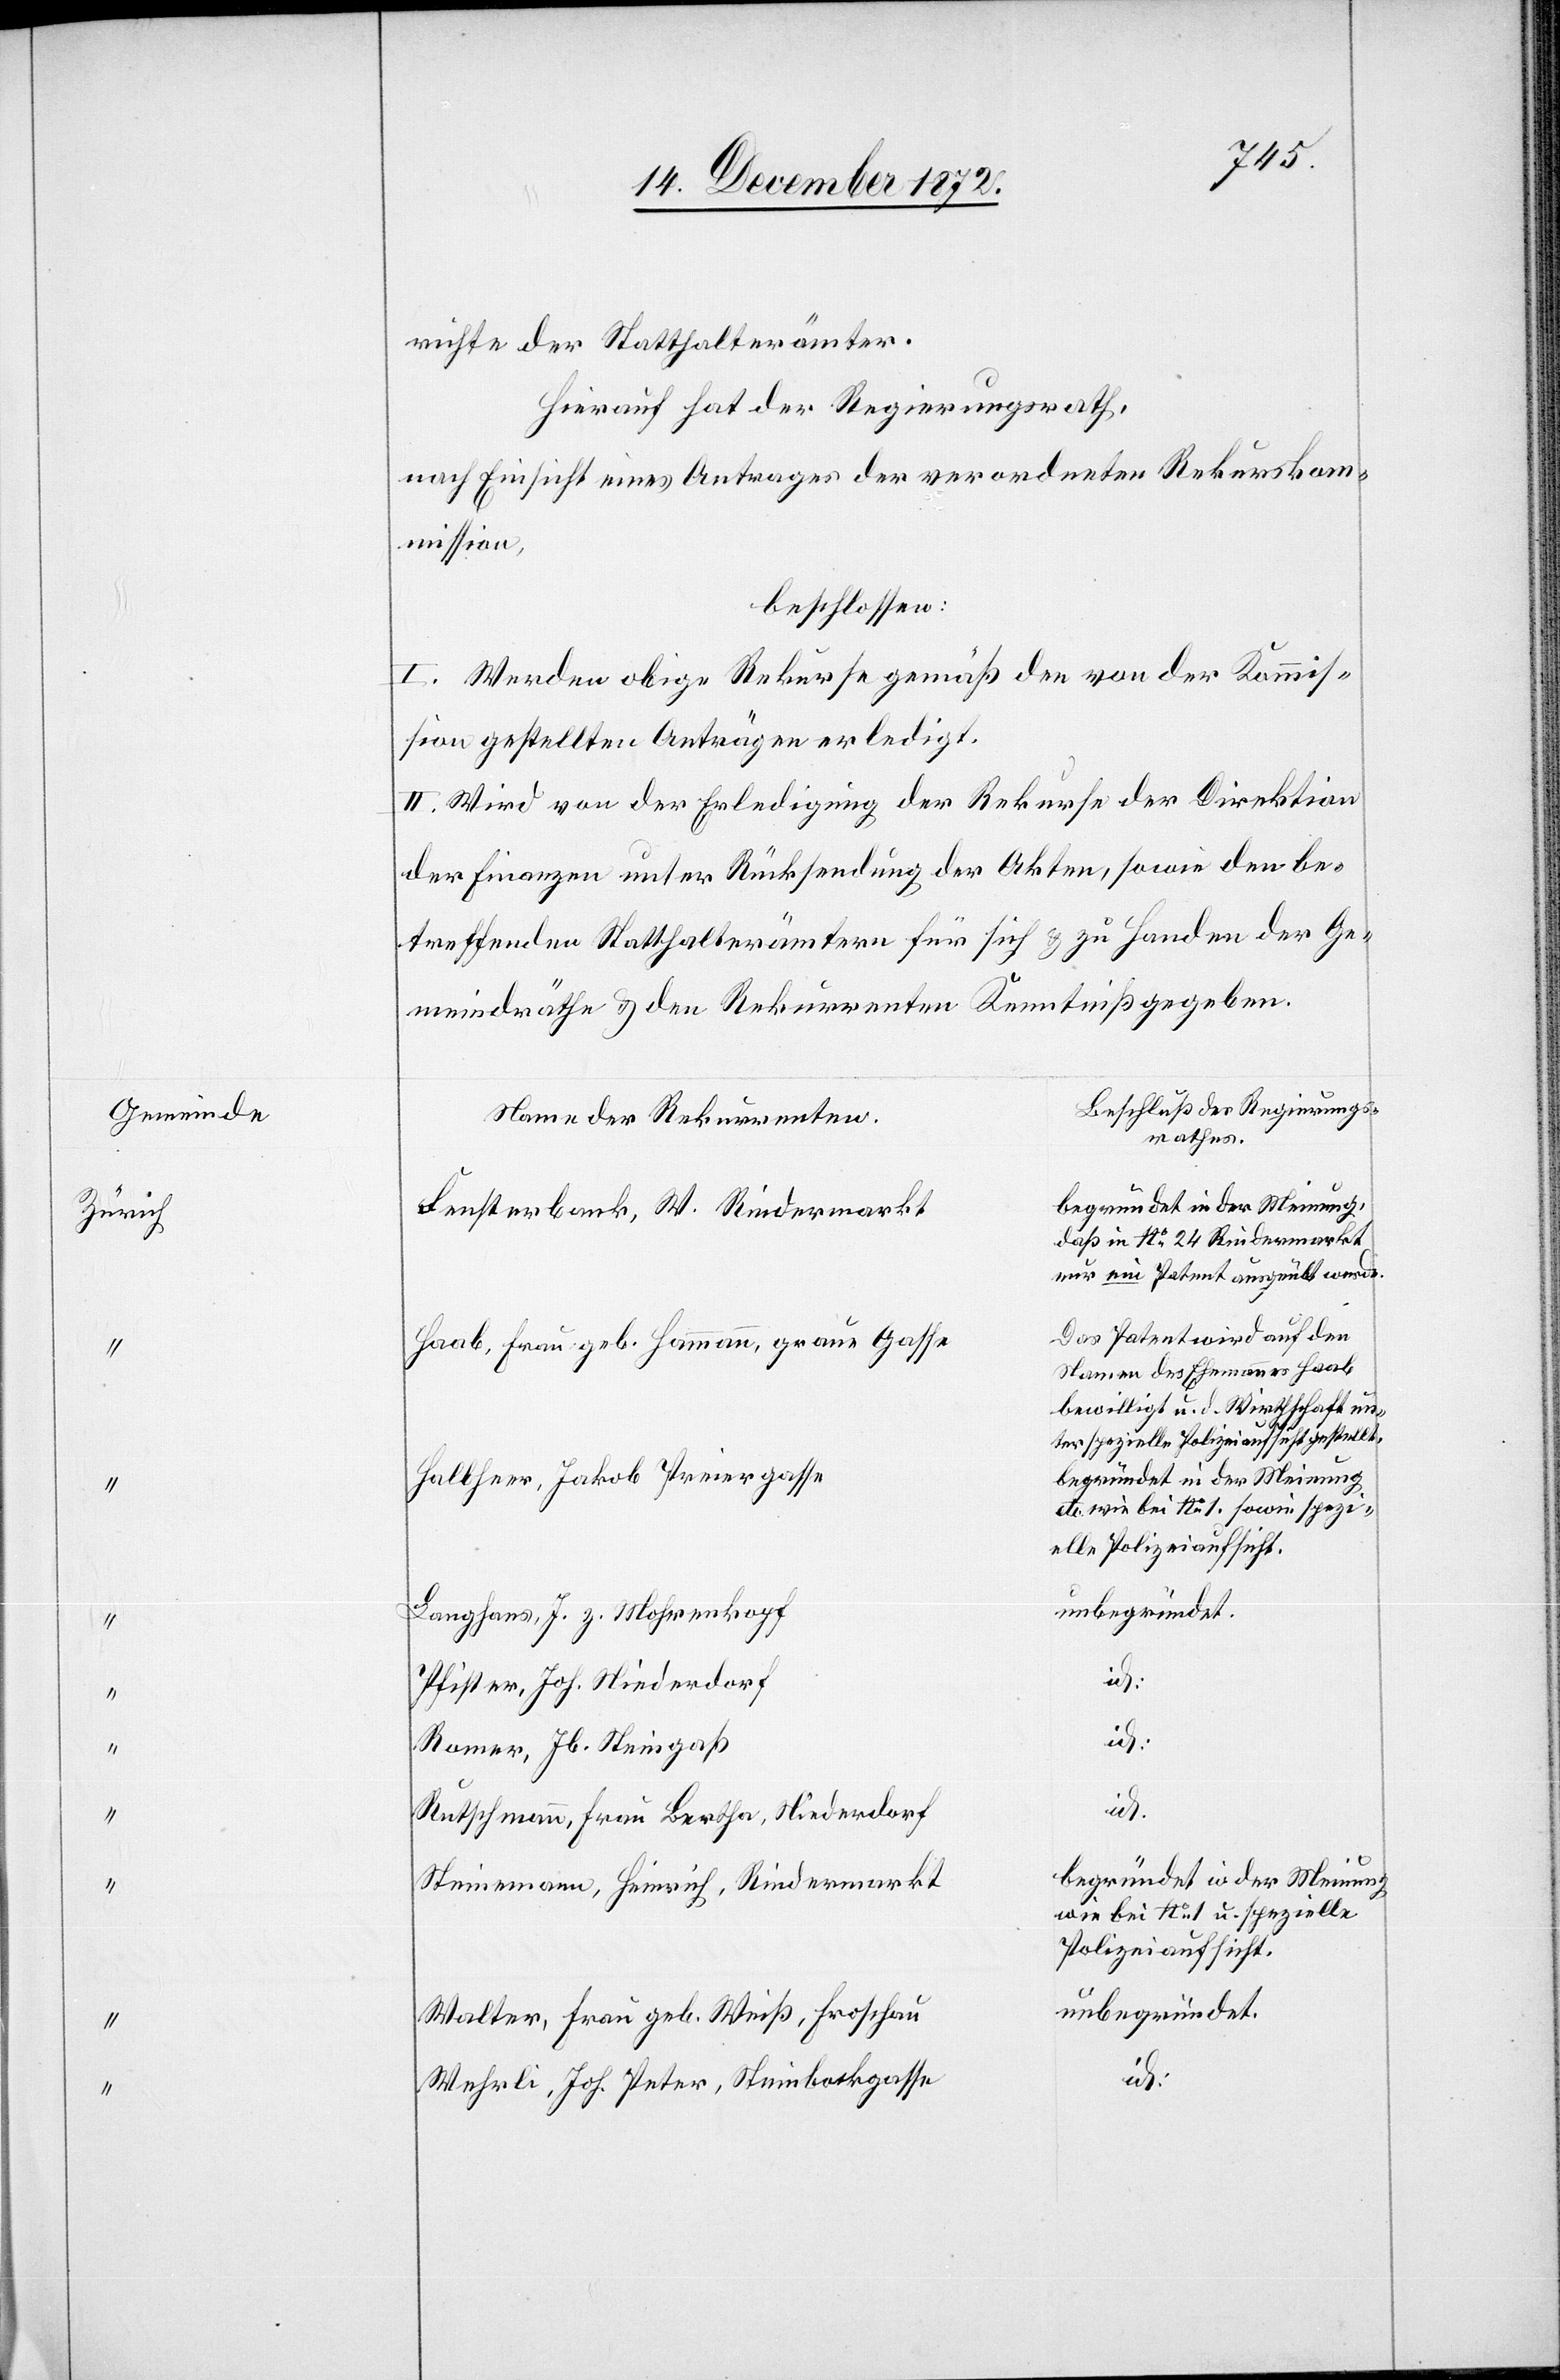
Gemeinde
Zürich

richte der Statthalterämter.
Hierauf hat der Regierungsrath,
nach Einsicht eines Antrages der verordneten Rekurskom¬
mission,
beschlossen:
I. Werden obige Rekurse gemäß den von der Kommis¬
sion gestellten Anträgen erledigt.
II. Wird von der Erledigung der Rekurse der Direktion
der Finanzen unter Rücksendung der Akten, sowie den be¬
treffenden Statthalterämtern für sich u. zu Handen der Ge¬
meindräthe u. den Rekurrenten Kenntniß gegeben.
Beschluß des Regierungs¬
Name der Rekurrenten
rathes.
Fensterbank, W. Rindermarkt
daß in No 24 Rindermarkt
nur ein Patent ausgeübt werde.
Das Patent wird auf den
Haab, Frau geb. Hammann, graue Gasse
Namen des Ehemannes Haab
bewilligt u. d. Wirthschaft un¬
ter spezielle Polizeiaufsicht gestellt.
Halbheer, Jakob Preiergasse
etc. wie bei No 1. sowie spezi¬
elle Polizeiaufsicht.
unbegründet.
Langhaus, J. z. Mohrenkopf
Pfister, Joh. Niederdorf
Romer, Jb. Steingaß
id.
Rutschmann, Frau Bertha, Niederdorf
begründet in der Meinung
Steinemann, Heinrich, Rindermarkt
wie bei No 1 u. spezielle
Polizeiaufsicht.
Walter, Frau geb. Weiß, Froschau
Wehrli, Joh. Peter, Steinbockgasse